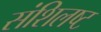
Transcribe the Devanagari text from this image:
संशिलष्ट